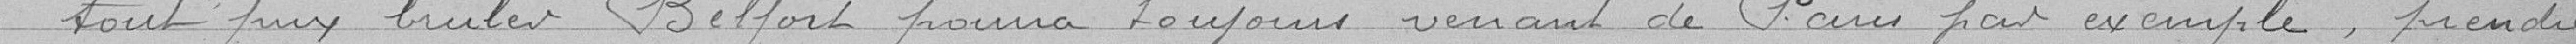
tout prix bruler Belfort pourra toujours venant de Paris par exemple, prendre